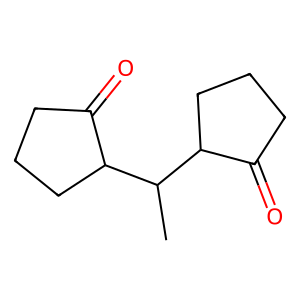
SMILES: CC(C1CCCC1=O)C1CCCC1=O
Inhibits HIV replication: No